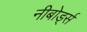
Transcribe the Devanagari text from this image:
नीबोर्ड्स